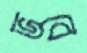
ভবে